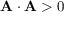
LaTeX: \mathbf { A \cdot A } > 0